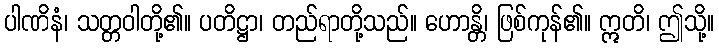
ပါဏိနံ၊ သတ္တဝါတို့၏။ ပတိဋ္ဌာ၊ တည်ရာတို့သည်။ ဟောန္တိ၊ ဖြစ်ကုန်၏။ ဣတိ၊ ဤသို့။